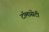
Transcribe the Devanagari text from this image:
टाॅमासेटी